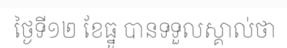
ថ្ងៃទី១២ ខែធ្នូ បានទទួលស្គាល់ថា